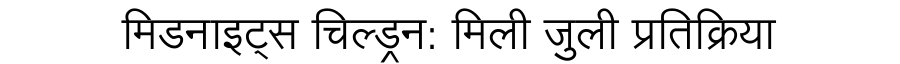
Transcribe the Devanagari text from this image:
मिडनाइट्स चिल्ड्रन: मिली जुली प्रतिक्रिया